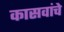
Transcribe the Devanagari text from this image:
कासवांचे